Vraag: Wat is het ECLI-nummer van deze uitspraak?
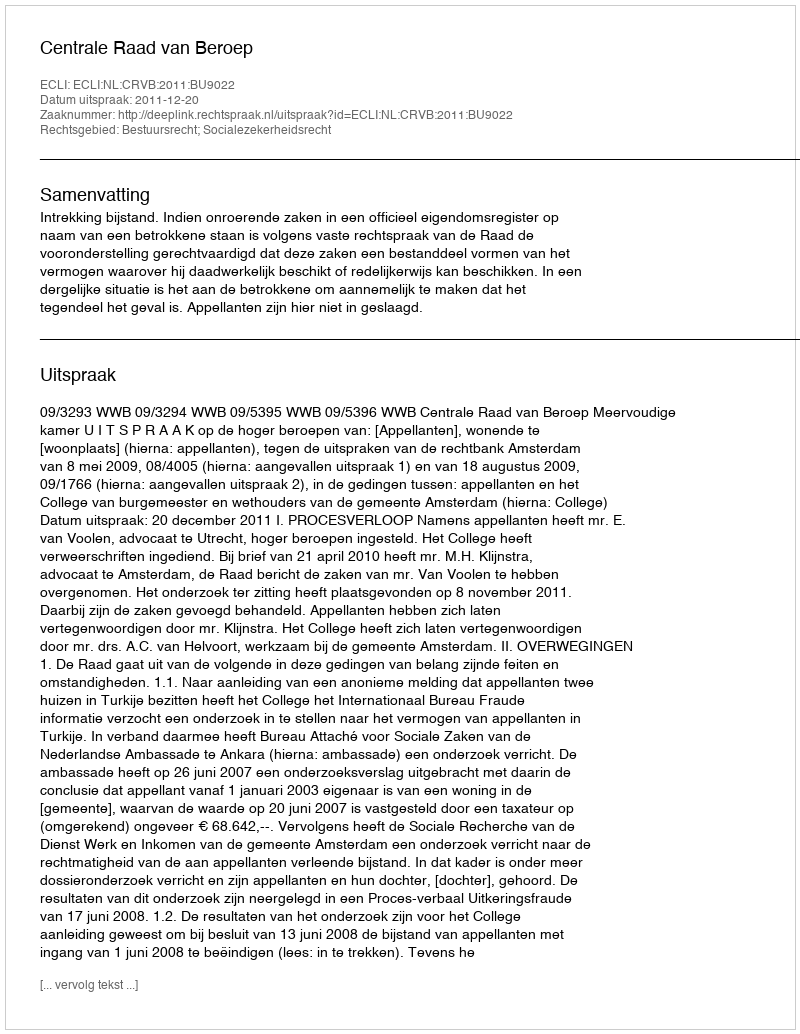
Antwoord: ECLI:NL:CRVB:2011:BU9022